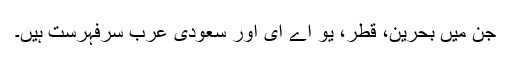
جن میں بحرین، قطر، یو اے ای اور سعودی عرب سرفہرست ہیں۔